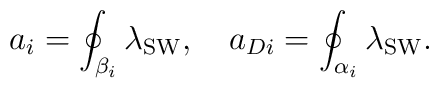
a_i = \oint_{\beta_i}\lambda_{\rm SW} ,\quad a_{Di} = \oint_{\alpha_i}\lambda_{\rm SW}.